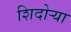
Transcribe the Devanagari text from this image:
शिदोऱ्या